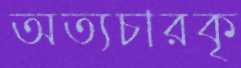
অত্যচারকৃ